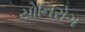
યોનિરોગ